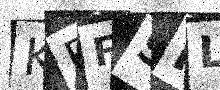
Text: KBFSKL